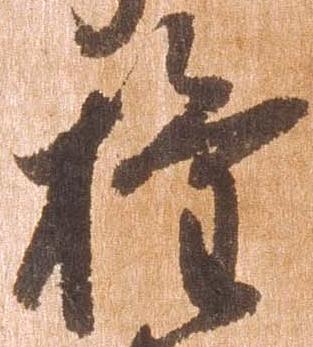
権